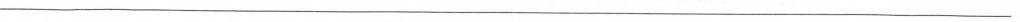
___